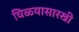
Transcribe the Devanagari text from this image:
विळ्यासारखी